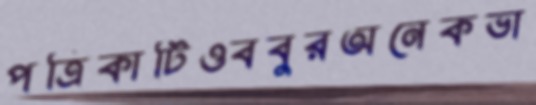
পত্রিকাটিওববুরঅনেকভা